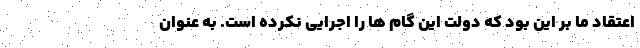
اعتقاد ما بر این بود که دولت این گام ها را اجرایی نکرده است. به عنوان